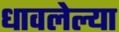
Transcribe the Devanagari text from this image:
धावलेल्या